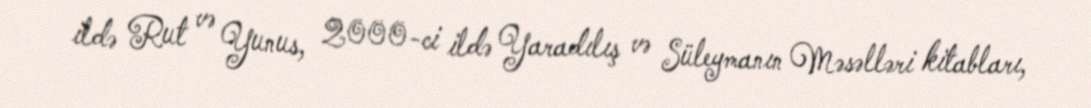
ildə Rut və Yunus, 2000-ci ildə Yaradılış və Süleymanın Məsəlləri kitabları,